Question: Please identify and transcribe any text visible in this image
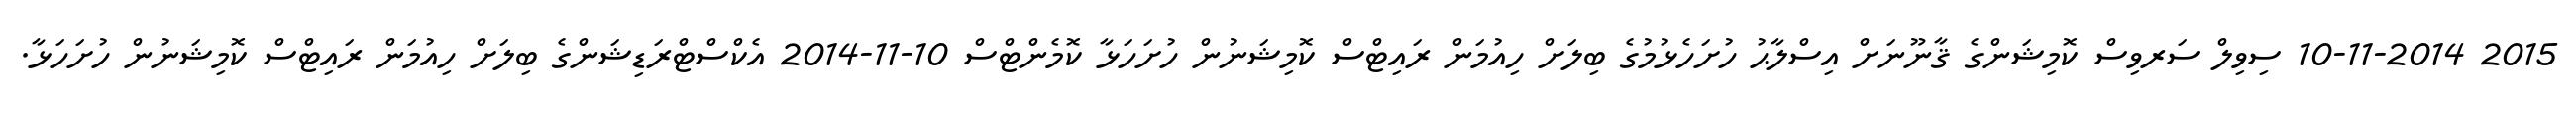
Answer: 2015 10-11-2014 ސިވިލް ސަރވިސް ކޮމިޝަންގެ ޤާނޫނަށް އިސްލާޙު ހުށަހެޅުމުގެ ބިލަށް ހިއުމަން ރައިޓްސް ކޮމިޝަނުން ހުށަހަޅާ ކޮމެންޓްސް 10-11-2014 އެކްސްޓްރަޑިޝަންގެ ބިލަށް ހިއުމަން ރައިޓްސް ކޮމިޝަނުން ހުށަހަޅާ.